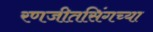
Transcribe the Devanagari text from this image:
रणजीतसिंगच्या